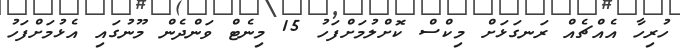
ހުރިހާ އެއްޗެއް ރަނގަޅަށް މިކްސް ކޮށްލުމަށްފަހު 15 މިނެޓް ވަންދެން މޫނުގައި އެޅުމަށްފަހު